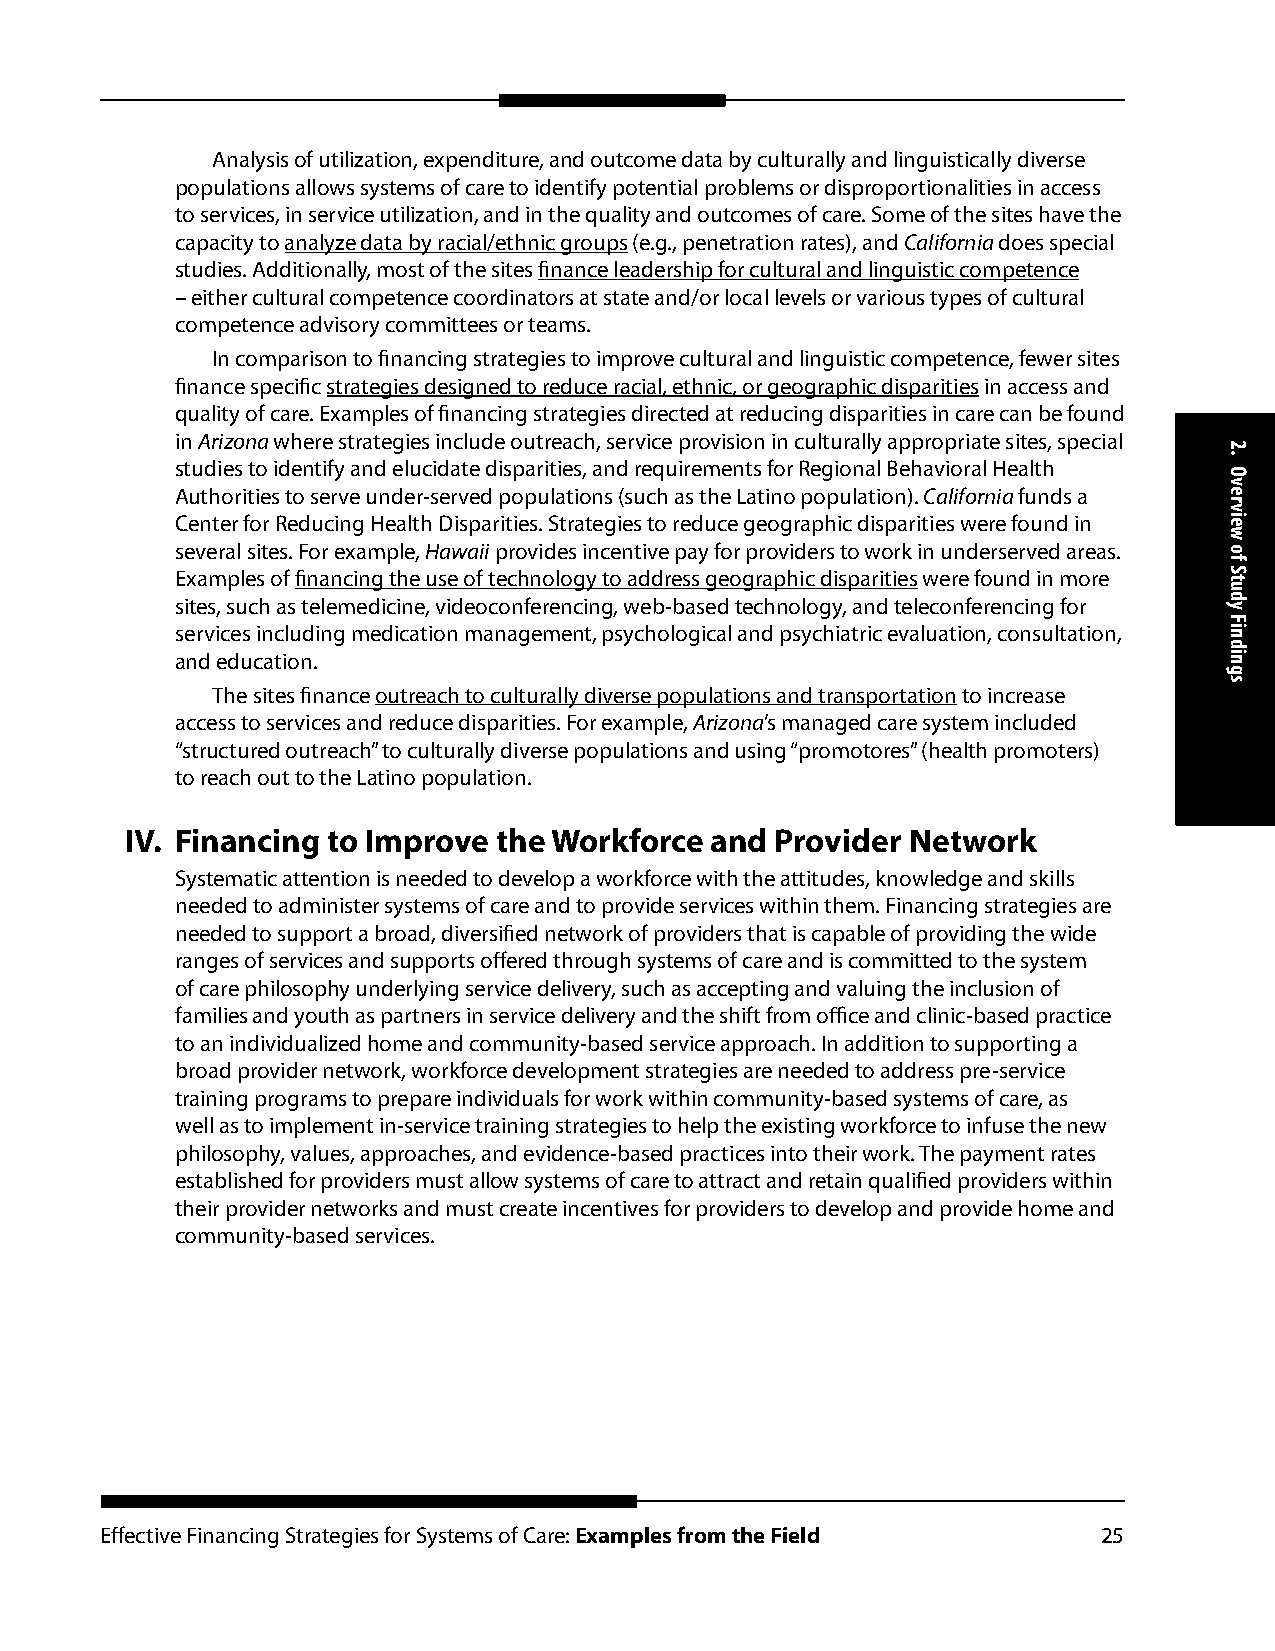
Analysis of utilization, expenditure, and outcome data by culturally and linguistically diverse
 populations allows systems of care to identify potential problems or disproportionalities in access
 to services, in service utilization, and in the quality and outcomes of care. Some of the sites have the
 capacity to analyze data by racial/ethnic groups (e.g., penetration rates), and California does special
 studies. Additionally, most of the sites finance leadership for cultural and linguistic competence
 – either cultural competence coordinators at state and/or local levels or various types of cultural
 competence advisory committees or teams.
 In comparison to financing strategies to improve cultural and linguistic competence, fewer sites
 finance specific strategies designed to reduce racial, ethnic, or geographic disparities in access and
 quality of care. Examples of financing strategies directed at reducing disparities in care can be found
 in Arizona where strategies include outreach, service provision in culturally appropriate sites, special
 studies to identify and elucidate disparities, and requirements for Regional Behavioral Health
 Authorities to serve under-served populations (such as the Latino population). California funds a
 Center for Reducing Health Disparities. Strategies to reduce geographic disparities were found in
 several sites. For example, Hawaii provides incentive pay for providers to work in underserved areas.
 Examples of financing the use of technology to address geographic disparities were found in more
 sites, such as telemedicine, videoconferencing, web-based technology, and teleconferencing for
 services including medication management, psychological and psychiatric evaluation, consultation,
 and education.
 The sites finance outreach to culturally diverse populations and transportation to increase
 access to services and reduce disparities. For example, Arizona’s managed care system included
 “structured outreach” to culturally diverse populations and using “promotores” (health promoters)
 to reach out to the Latino population.
 IV. Financing to Improve the Workforce and Provider Network
 Systematic attention is needed to develop a workforce with the attitudes, knowledge and skills
 needed to administer systems of care and to provide services within them. Financing strategies are
 needed to support a broad, diversified network of providers that is capable of providing the wide
 ranges of services and supports offered through systems of care and is committed to the system
 of care philosophy underlying service delivery, such as accepting and valuing the inclusion of
 families and youth as partners in service delivery and the shift from office and clinic-based practice
 to an individualized home and community-based service approach. In addition to supporting a
 broad provider network, workforce development strategies are needed to address pre-service
 training programs to prepare individuals for work within community-based systems of care, as
 well as to implement in-service training strategies to help the existing workforce to infuse the new
 philosophy, values, approaches, and evidence-based practices into their work. The payment rates
 established for providers must allow systems of care to attract and retain qualified providers within
 their provider networks and must create incentives for providers to develop and provide home and
 community-based services.
 Effective Financing Strategies for Systems of Care: Examples from the Field 25
 2.
 Overview
 of
 Study
 Findings